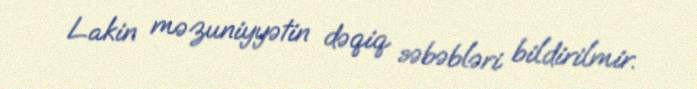
Lakin məzuniyyətin dəqiq səbəbləri bildirilmir.